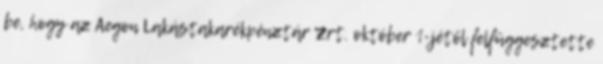
be, hogy az Aegon Lakástakarékpénztár Zrt. október 1-jétől felfüggesztette